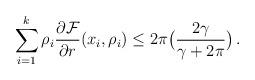
LaTeX: \begin{align*} \sum_{i=1}^k \rho_i\frac{\partial\mathcal F}{\partial r} (x_i,\rho_i) \le 2\pi\big(\frac{2\gamma}{\gamma+ 2\pi}\big)\,.\end{align*}